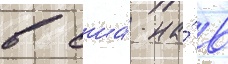
в сша́ на́ в